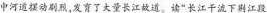
中河道摆动剧烈，发育了大量长江故道。读”长江干流下荆江段